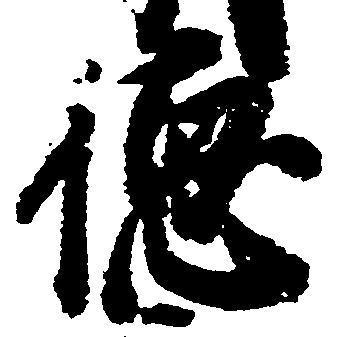
徳